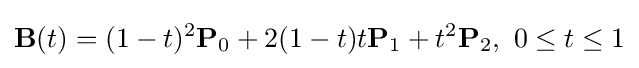
\mathbf {B} (t)=(1-t)^{2}\mathbf {P} _{0}+2(1-t)t\mathbf {P} _{1}+t^{2}\mathbf {P} _{2},\ 0\leq t\leq 1